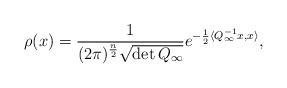
\begin{align*}\rho(x)=\frac{1}{(2\pi)^{\frac{n}{2}}\sqrt{\det Q_{\infty}}}e^{-\frac{1}{2}\langle Q_{\infty}^{-1}x,x\rangle},\end{align*}